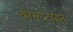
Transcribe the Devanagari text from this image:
कोंसटेंटाइन